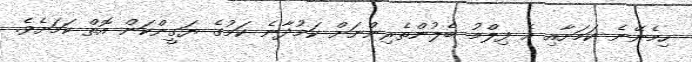
ހިމެނޭނެ ކަމަށާއި އެ ފިލްމު ބެލުންތެރިންނަށް ކަމުދާނެ ކަމުގެ ޔަގީންކަން އޮތް ކަމަށެވެ.